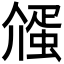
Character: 𬿷